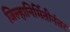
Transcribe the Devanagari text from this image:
जिल्हानिर्मितीनंतर